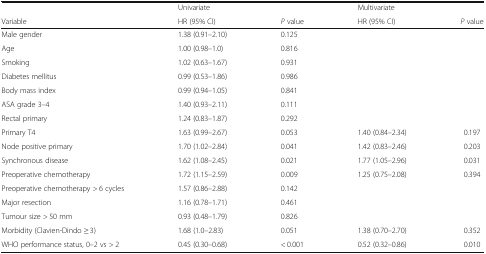
<table><thead><tr><td></td><td><b>Univariate</b></td><td></td><td><b>Multivariate</b></td><td></td></tr><tr><td><b>Variable</b></td><td><b>HR (95% CI)</b></td><td><b><i>P</i> value</b></td><td><b>HR (95% CI)</b></td><td><b><i>P</i> value</b></td></tr></thead><tbody><tr><td>Male gender</td><td>1.38 (0.91–2.10)</td><td>0.125</td><td></td><td></td></tr><tr><td>Age</td><td>1.00 (0.98–1.0)</td><td>0.816</td><td></td><td></td></tr><tr><td>Smoking</td><td>1.02 (0.63–1.67)</td><td>0.931</td><td></td><td></td></tr><tr><td>Diabetes mellitus</td><td>0.99 (0.53–1.86)</td><td>0.986</td><td></td><td></td></tr><tr><td>Body mass index</td><td>0.99 (0.94–1.05)</td><td>0.841</td><td></td><td></td></tr><tr><td>ASA grade 3–4</td><td>1.40 (0.93–2.11)</td><td>0.111</td><td></td><td></td></tr><tr><td>Rectal primary</td><td>1.24 (0.83–1.87)</td><td>0.292</td><td></td><td></td></tr><tr><td>Primary T4</td><td>1.63 (0.99–2.67)</td><td>0.053</td><td>1.40 (0.84–2.34)</td><td>0.197</td></tr><tr><td>Node positive primary</td><td>1.70 (1.02–2.84)</td><td>0.041</td><td>1.42 (0.83–2.46)</td><td>0.203</td></tr><tr><td>Synchronous disease</td><td>1.62 (1.08–2.45)</td><td>0.021</td><td>1.77 (1.05–2.96)</td><td>0.031</td></tr><tr><td>Preoperative chemotherapy</td><td>1.72 (1.15–2.59)</td><td>0.009</td><td>1.25 (0.75–2.08)</td><td>0.394</td></tr><tr><td>Preoperative chemotherapy &gt; 6 cycles</td><td>1.57 (0.86–2.88)</td><td>0.142</td><td></td><td></td></tr><tr><td>Major resection</td><td>1.16 (0.78–1.71)</td><td>0.461</td><td></td><td></td></tr><tr><td>Tumour size &gt; 50 mm</td><td>0.93 (0.48–1.79)</td><td>0.826</td><td></td><td></td></tr><tr><td>Morbidity (Clavien-Dindo ≥ 3)</td><td>1.68 (1.0–2.83)</td><td>0.051</td><td>1.38 (0.70–2.70)</td><td>0.352</td></tr><tr><td>WHO performance status, 0–2 vs &gt; 2</td><td>0.45 (0.30–0.68)</td><td>&lt; 0.001</td><td>0.52 (0.32–0.86)</td><td>0.010</td></tr></tbody></table>